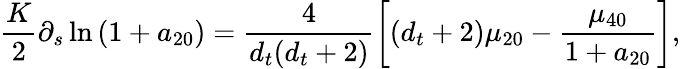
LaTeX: \frac{K}{2}\partial_{s}\ln\left(1+a_{20}\right)=\frac{4}{{d_{t}}({d_{t}}+2)}\left[({d_{t}}+2)\mu_{20}-\frac{\mu_{40}}{1+a_{20}}\right],